Indian journal of veterinary science and animal husbandry - Volume 13,
Year: 1943
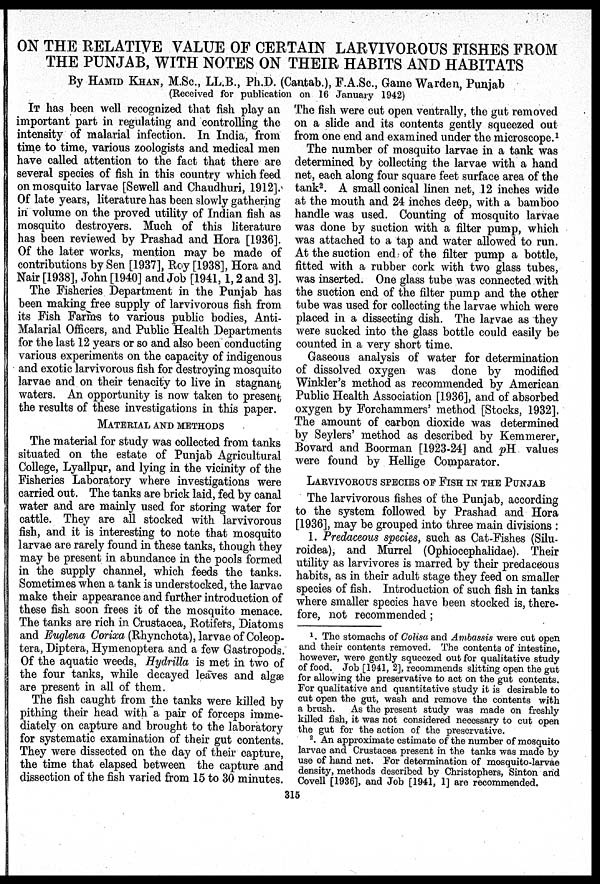
ON THE RELATIVE VALUE OF CERTAIN LARVIVOROUS FISHES FROM
THE PUNJAB, WITH NOTES ON THEIR HABITS AND HABITATS
By HAMID KHAN, M.Sc., LL.B., Ph.D. (Cantab.), F.A.Sc., Game Warden, Punjab
(Received for publication on 16 January 1942)
IT has been well recognized that fish play an
important part in regulating and controlling the
intensity of malarial infection. In India, from
time to time, various zoologists and medical men
have called attention to the fact that there are
several species of fish in this country which feed
on mosquito larvae [Sewell and Chaudhuri, 1912].
Of late years, literature has been slowly gathering
in volume on the proved utility of Indian fish as
mosquito destroyers. Much of this literature
has been reviewed by Prashad and Hora [1936].
Of the later works, mention may be made of
contributions by Sen [1937], Roy [1938], Hora and
Nair [1938], John [1940] and Job [1941, 1, 2 and 3].
The Fisheries Department in the Punjab has
been making free supply of larvivorous fish from
its Fish Farms to various public bodies, Anti-
Malarial Officers, and Public Health Departments
for the last 12 years or so and also been conducting
various experiments on the capacity of indigenous
and exotic larvivorous fish for destroying mosquito
larvae and on their tenacity to live in stagnant
waters. An opportunity is now taken to present
the results of these investigations in this paper.
MATERIAL AND METHODS
The material for study was collected from tanks
situated on the estate of Punjab Agricultural
College, Lyallpur, and lying in the vicinity of the
Fisheries Laboratory where investigations were
carried out. The tanks are brick laid, fed by canal
water and are mainly used for storing water for
cattle. They are all stocked with larvivorous
fish, and it is interesting to note that mosquito
larvae are rarely found in these tanks, though they
may be present in abundance in the pools formed
in the supply channel, which feeds the tanks.
Sometimes when a tank is understocked, the larvae
make their appearance and further introduction of
these fish soon frees it of the mosquito menace.
The tanks are rich in Crustacea, Rotifers, Diatoms
and Euglena Corixa (Rhynchota), larvae of Coleop-
tera, Diptera, Hymenoptera and a few Gastropods.
Of the aquatic weeds, Hydrilla is met in two of
the four tanks, while decayed leaves and algæ
are present in all of them.
The fish caught from the tanks were killed by
pithing their head with a pair of forceps imme-
diately on capture and brought to the laboratory
for systematic examination of their gut contents.
They were dissected on the day of their capture,
the time that elapsed between the capture and
dissection of the fish varied from 15 to 30 minutes.
The fish were cut open ventrally, the gut removed
on a slide and its contents gently squeezed out
from one end and examined under the microscope. 1
The number of mosquito larvae in a tank was
determined by collecting the larvae with a hand
net, each along four square feet surface area of the
tank 2 . A small conical linen net, 12 inches wide
at the mouth and 24 inches deep, with a bamboo
handle was used. Counting of mosquito larvae
was done by suction with a filter pump, which
was attached to a tap and water allowed to run.
At the suction end of the filter pump a bottle,
fitted with a rubber cork with two glass tubes,
was inserted. One glass tube was connected with
the suction end of the filter pump and the other
tube was used for collecting the larvae which were
placed in a dissecting dish. The larvae as they
were sucked into the glass bottle could easily be
counted in a very short time.
Gaseous analysis of water for determination
of dissolved oxygen was done by modified
Winkler's method as recommended by American
Public Health Association [1936], and of absorbed
oxygen by Forchammers' method [Stocks, 1932].
The amount of carbon dioxide was determined
by Seylers' method as described by Kemmerer,
Bovard and Boorman [1923-24] and pH values
were found by Hellige Comparator.
LARVIVOROUS SPECIES OF FISH IN THE PUNJAB
The larvivorous fishes of the Punjab, according
to the system followed by Prashad and Hora
[1936], may be grouped into three main divisions :
1. Predaceous species, such as Cat-Fishes (Silu-
roidea), and Murrel (Ophiocephalidae). Their
utility as larvivores is marred by their predaceous
habits, as in their adult stage they feed on smaller
species of fish. Introduction of such fish in tanks
where smaller species have been stocked is, there-
fore, not recommended;
1 . The stomachs of Colisa and Ambassis were cut open
and their contents removed. The contents of intestine,
however, were gently squeezed out for qualitative study
of food. Job [1941, 2], recommends slitting open the gut
for allowing the preservative to act on the gut contents.
For qualitative and quantitative study it is desirable to
cut open the gut, wash and remove the contents with
a brush. As the present study was made on freshly
killed fish, it was not considered necessary to cut open
the gut for the action of the preservative.
2 . An approximate estimate of the number of mosquito
larvae and Crustacea present in the tanks was made by
use of hand net. For determination of mosquito-larvae
density, methods described by Christophers, Sinton and
Covell [1936], and Job [1941, 1] are recommended.
315